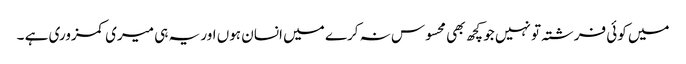
میں کوئی فرشتہ تو نہیں جو کچھ بھی محسوس نہ کرے میں انسان ہوں اور یہ ہی میری کمزوری ہے ۔